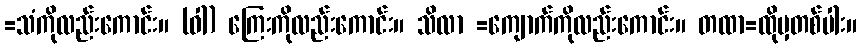
=သံကိုလည်းကောင်း။ (ဝါ) ကြေးကိုလည်းကောင်း။ သိလာ =ကျောက်ကိုလည်းကောင်း။ တထာ=ထိုမှတစ်ပါး။